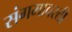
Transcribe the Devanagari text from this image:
संगमावरती